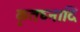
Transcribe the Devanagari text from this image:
कृतघ्नादि